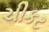
ચીકટ